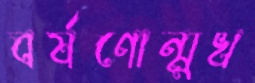
বর্ষণোন্মুখ